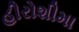
હીરોશીમા